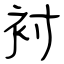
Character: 衬